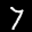
Label: 7